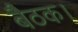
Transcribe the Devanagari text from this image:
बैठक।